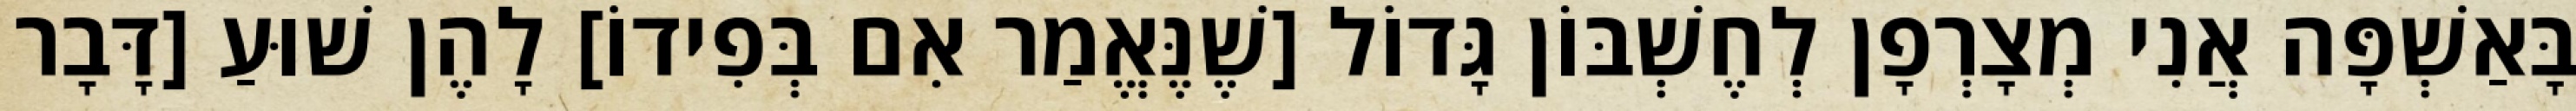
בָּאַשְׁפָּה אֲנִי מְצָרְפָן לְחֶשְׁבּוֹן גָּדוֹל [שֶׁנֶּאֱמַר אִם בְּפִידוֹ] לָהֶן שׁוּעַ [דָּבָר